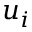
u _ { i }